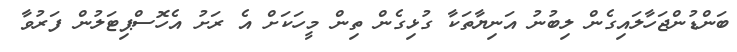
ބަންޑުންޖަހާލައިގެން ލިބުނު އަނިޔާތަކާ ގުޅިގެން ތިން މީހަކަށް އެ ރަށު އެހޮސްޕިޓަލުން ފަރުވާ